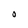
Character: O